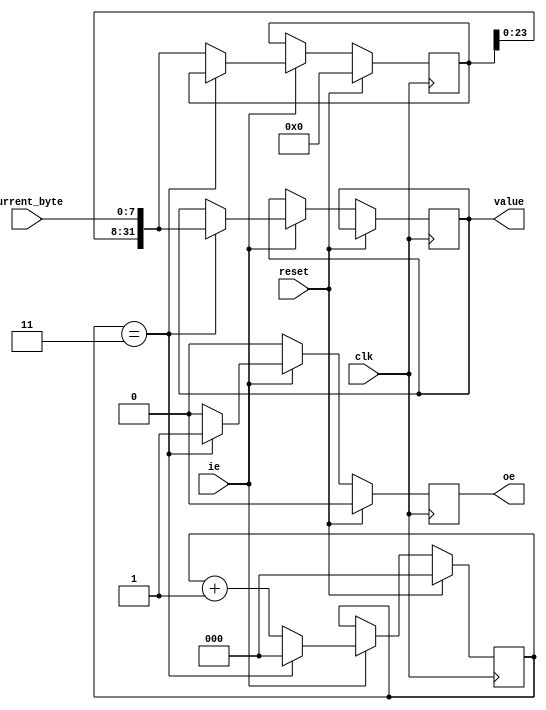
module four_byte (
	input wire clk,
	input wire reset,

	input wire [7:0] current_byte,
	input wire ie,

	output reg [31:0] value,
	output reg oe
);

localparam
	TRUE = 'd1,
	FALSE = 'd0;

reg [2:0] count;
reg [31:0] bytes;
always @(posedge clk)
	if (reset) begin
        count <= 'd0;
        bytes <= 'd0;
		oe <= FALSE;
	end else if (ie == TRUE) begin
        if (count == 'd3) begin
            oe <= TRUE;
            value <= { bytes[23:0], current_byte };
            count <= 'd0;
        end else begin
            bytes <= { bytes[23:0], current_byte };
            oe <= FALSE;
            count <= count + 'd1;
        end
    end else
		oe <= FALSE;
endmodule